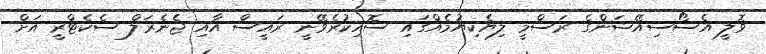
ވޮލީ އެސޯސިއޭޝަންގެ ރަސްމީ ލިޔެކިޔުމެއްގައި ސޮއިކުރެވޭނީ ރައީސް އާއި ޖެނެރަލް ސެކެޓްރީ އަށް